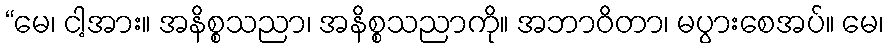
“မေ၊ ငါ့အား။ အနိစ္စသညာ၊ အနိစ္စသညာကို။ အဘာဝိတာ၊ မပွားစေအပ်။ မေ၊